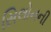
સિલોનની